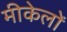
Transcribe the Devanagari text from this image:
मीकेलों